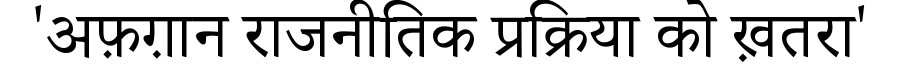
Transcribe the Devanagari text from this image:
'अफ़ग़ान राजनीतिक प्रक्रिया को ख़तरा'